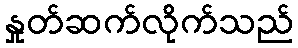
နှုတ်ဆက်လိုက်သည်